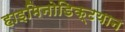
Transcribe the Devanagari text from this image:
हाइमिनोडिक्टयान